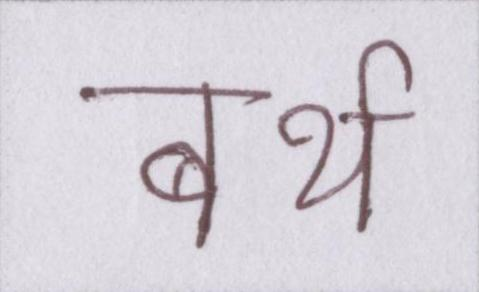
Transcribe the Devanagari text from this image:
बर्थ